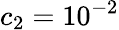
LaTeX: c_{2}=10^{-2}